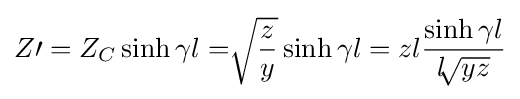
Z\prime =Z_{C}\sinh \gamma l={\sqrt[{}]{\frac {z}{y}}}\sinh \gamma l=zl{\frac {\sinh \gamma l}{l{\sqrt[{}]{yz}}}}